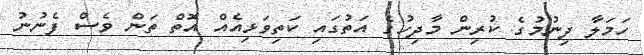
ހަމަލާ ދިނުމުގެ ކުރިން މާދިހުގެ އަތުގައި ކަތިވަޅިއެއް އޮތް ތަން ވެސް ފެނުނު